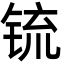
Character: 锍